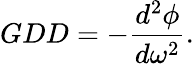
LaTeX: GDD=-\frac{d^{2}\phi}{d\omega^{2}}.